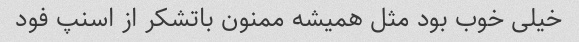
خیلی خوب بود مثل همیشه ممنون باتشکر از اسنپ فود